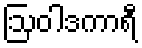
ဩဝါဒကာရီ